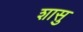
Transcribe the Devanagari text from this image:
शासु